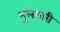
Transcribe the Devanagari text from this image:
भुलेश्वरी